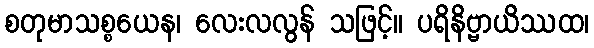
စတုမာသစ္စယေန၊ လေးလလွန် သဖြင့်။ ပရိနိဗ္ဗာယိဿထ၊